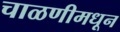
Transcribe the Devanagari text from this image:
चाळणीमधून